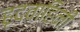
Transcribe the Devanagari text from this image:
हृदवाहिनी